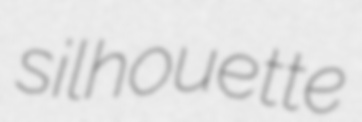
silhouette